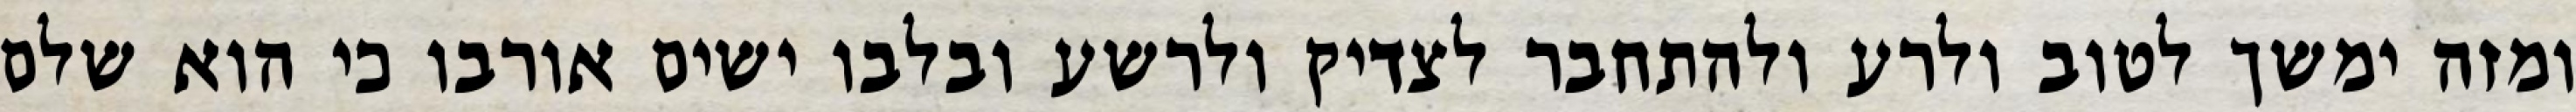
ומזה ימשך לטוב ולרע ולהתחבר לצדיק ולרשע ובלבו ישים אורבו כי הוא שלם